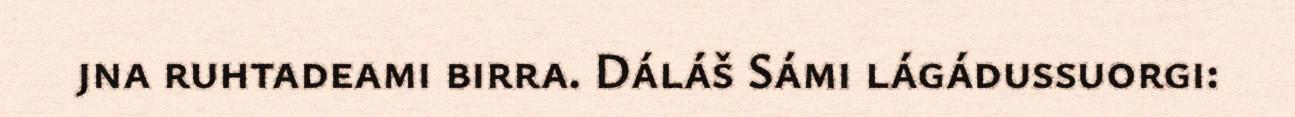
jna ruhtadeami birra. Dáláš Sámi lágádussuorgi: